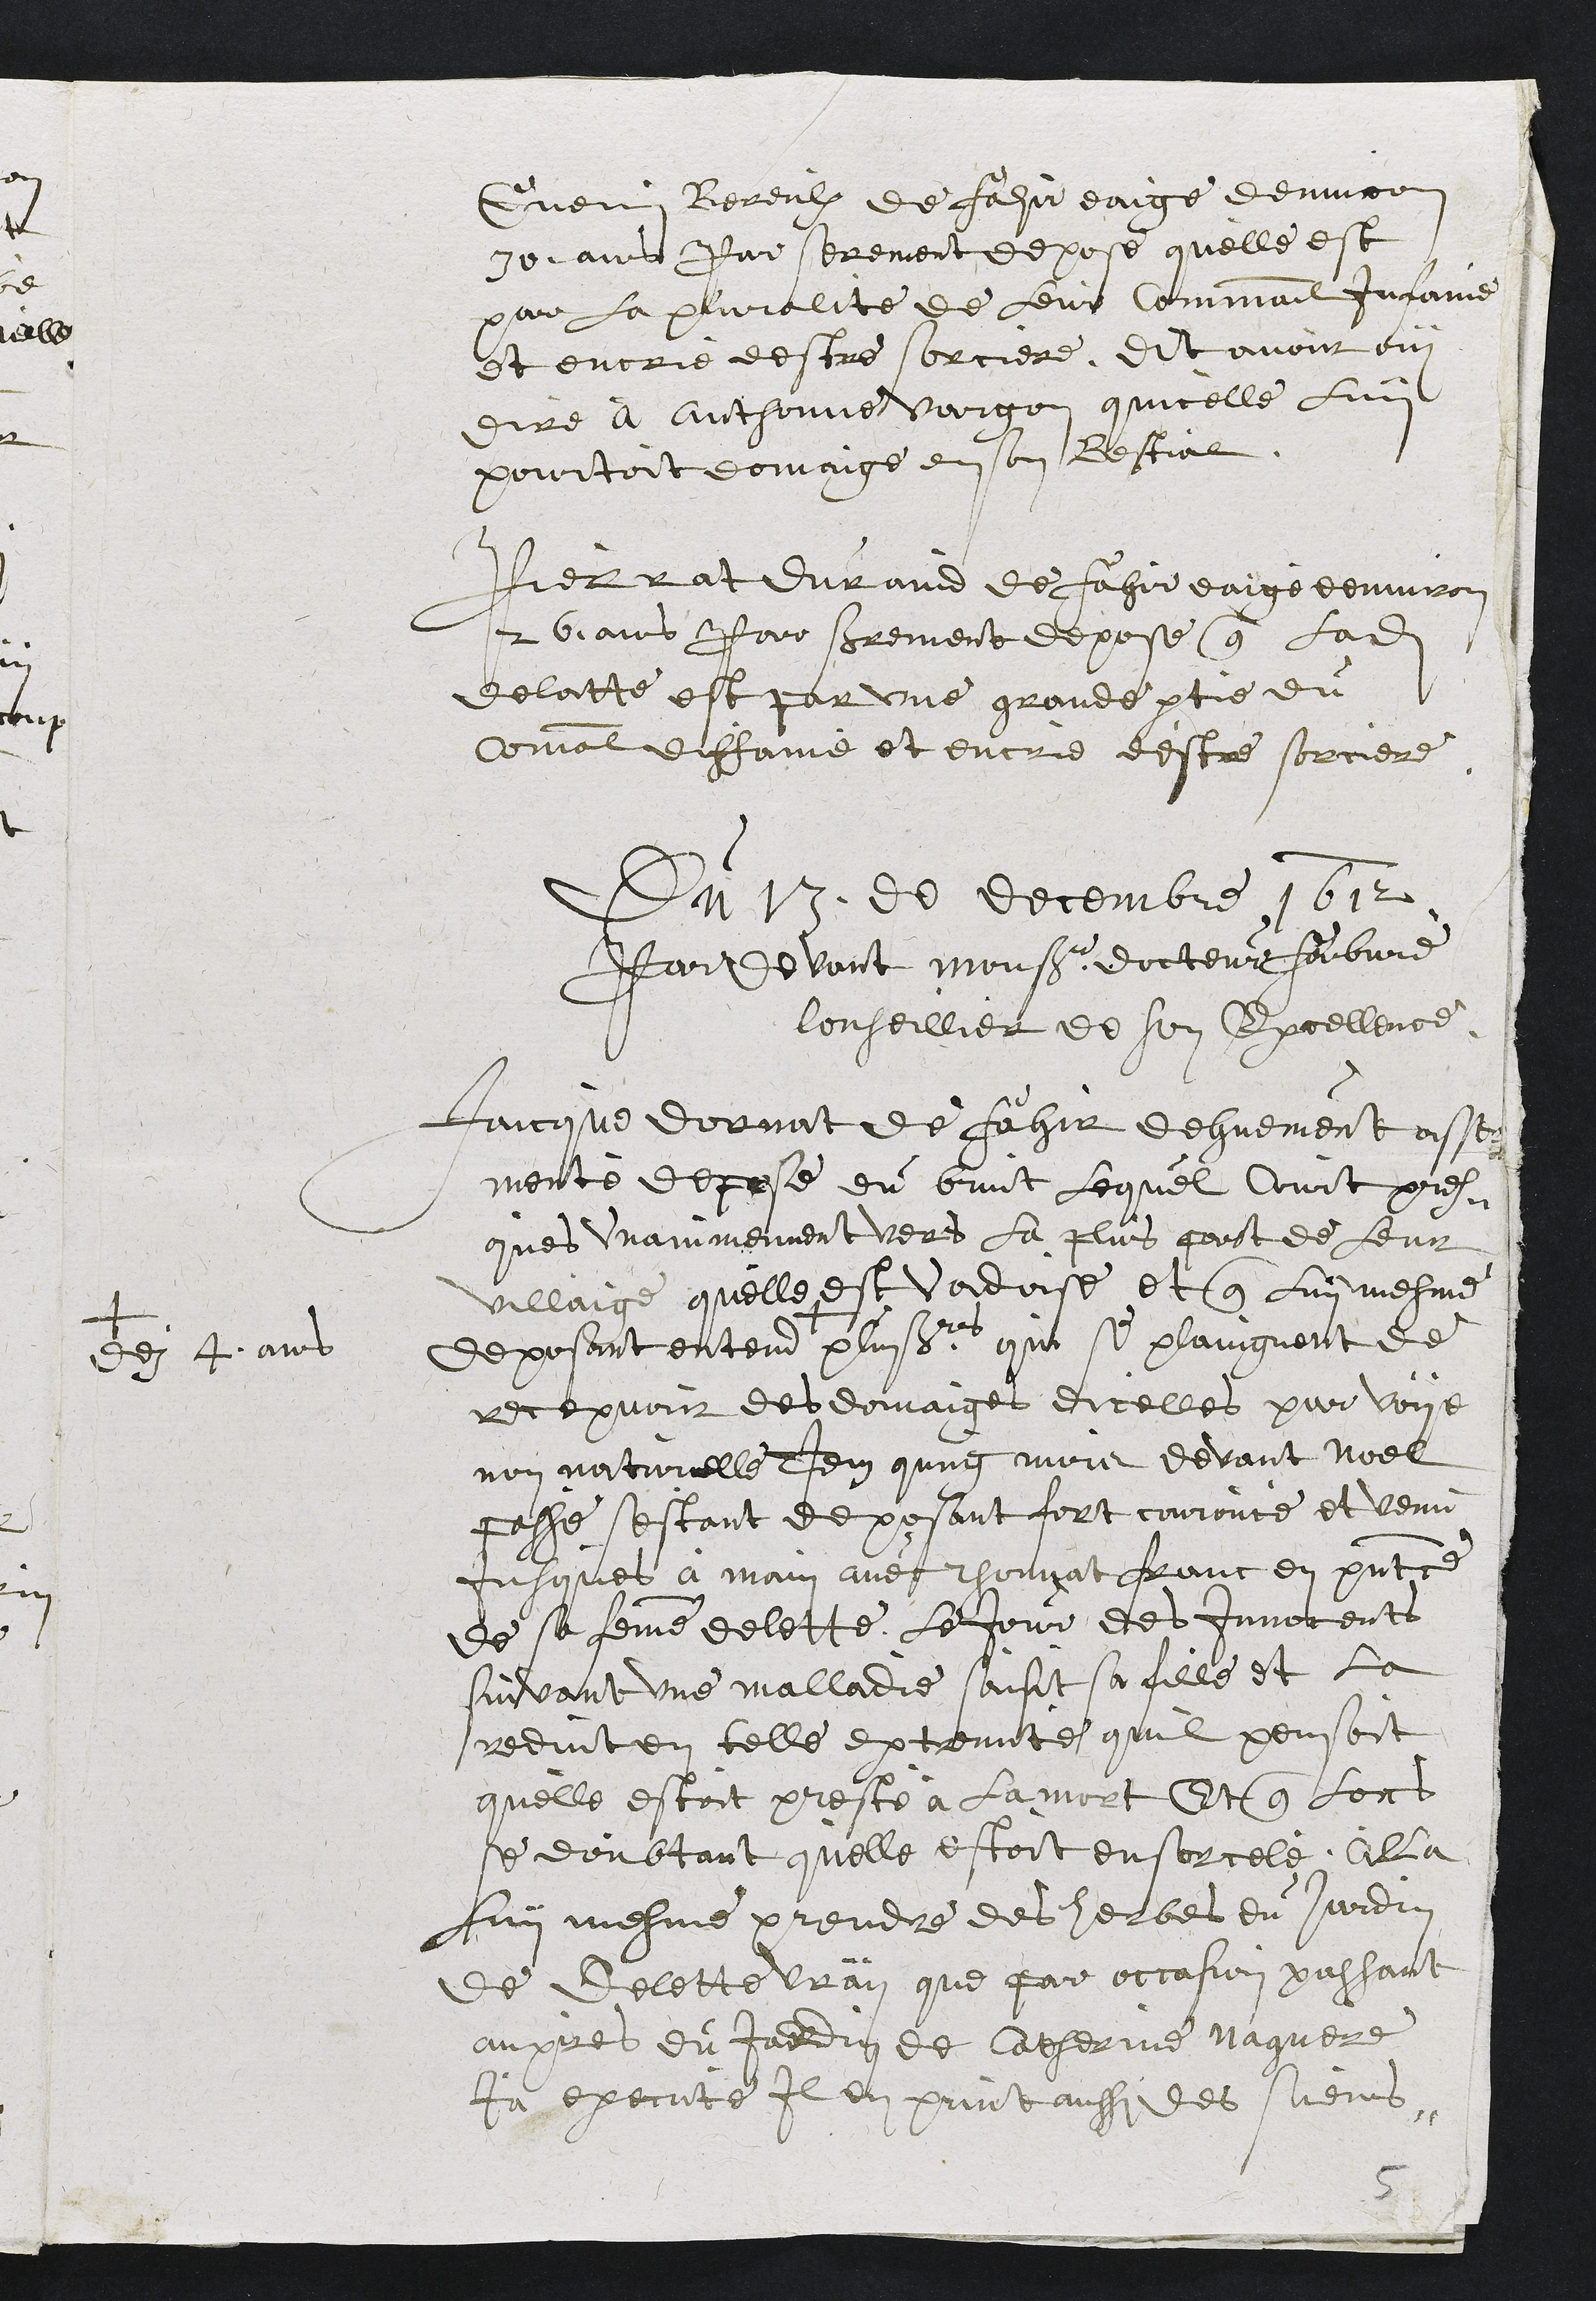
Guenin Bereulx de fahu eaige denviron
90 ans Par serement depose quelle est
par la pluralite de leur Commail Inrame
et encrie destre sorciere, dit avoit oui
dire à Anthonne vargon quicelle Luy
pourtoit domaige en son Bestial
fierrat duraid de fahie eaige denvro
2 6ians Parr serement depose que ladite
delatte est par une grande partie du
commal diffamé et encré destre sorciere
Du 17 de decembre 1612
Par devant Monsieur docteur feibvre
Conseillier de son Excellence
Jaicque donnat de faher dehuement asse
menté depose du bruit lequel Court pre
ques Vrainmemment vers la plus porst de leur
villaige quelle est vadoise et que Luy mesme
deposant entend
+
de 4 ans
plusieur qui se plaingnent de
recepvoi des domaiges dicelles par voye
non naturelle Item qung mors devant Noel
passé sestant deposant fort couroucé et venu
Jusques a main avec Thonnat franc en presentce
de sa femme delette, le jour des Inveceuts
suivant une malladie aisit sa fille et la
reduit en telle extrante quil pensoit
quelle estoit presté à la mort Et que lors
se doubtant quelle estoit ensorcele, alla
Luy mesme prendre des herbes du jardin
de Delette vray que par occasion passant
aupres du Jardin de Catherinne Naguere
Ja execute Il en print aussi des suenns